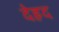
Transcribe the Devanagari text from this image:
देहद